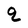
Character: q